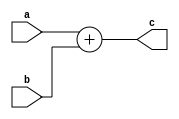
module SD_add_8_bit (a,b,c);
  input [7:0]a,b;
  output [7:0]c;
  
  assign c=a+b;
  
endmodule